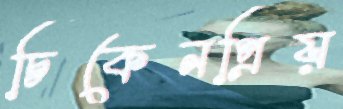
চিকেনপ্রিয়